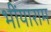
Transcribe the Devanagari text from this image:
भींयाराम